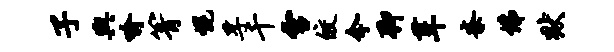
子舆喻箐幌孚千雪皎今聊葺紊佛狱